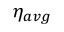
\eta _ { a v g }